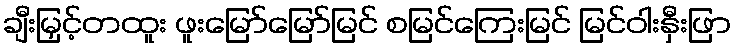
ချီးမြှင့်တထူး ဖူးမြော်မြော်မြင် စမြင်ကြေးမြင် မြင်ဝါးနှီးဖြာ